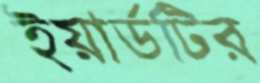
ইয়ার্ডটির